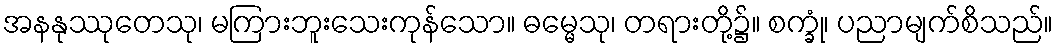
အနနုဿုတေသု၊ မကြားဘူးသေးကုန်သော။ ဓမ္မေသု၊ တရားတို့၌။ စက္ခုံ၊ ပညာမျက်စိသည်။